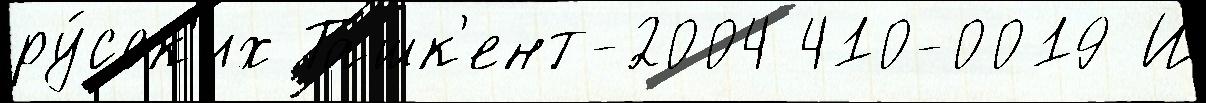
ру́сск'их Ташк'ент-2004 410-0019 И